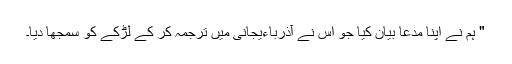
" ہم نے اپنا مدعا بیان کیا جو اس نے آذرباءیجانی میں ترجمہ کر کے لڑکے کو سمجھا دیا۔